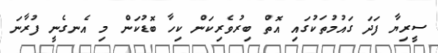
ސީރިޔާ ފަދަ ގައުމުތަކުގައި އޮތް ބިރުވެރިކަން ކިހާ ބޮޑުކަން މި އެނގެނީ ފުރާނަ